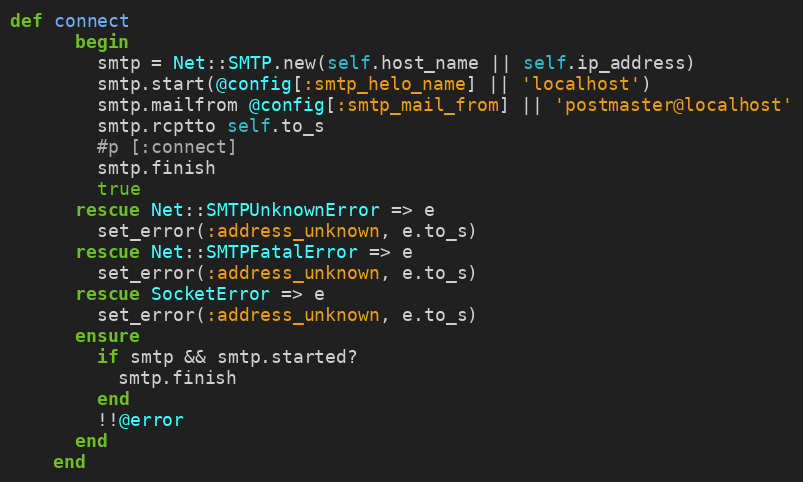
Language: Ruby
def connect
      begin
        smtp = Net::SMTP.new(self.host_name || self.ip_address)
        smtp.start(@config[:smtp_helo_name] || 'localhost')
        smtp.mailfrom @config[:smtp_mail_from] || 'postmaster@localhost'
        smtp.rcptto self.to_s
        #p [:connect]
        smtp.finish
        true
      rescue Net::SMTPUnknownError => e
        set_error(:address_unknown, e.to_s)
      rescue Net::SMTPFatalError => e
        set_error(:address_unknown, e.to_s)
      rescue SocketError => e
        set_error(:address_unknown, e.to_s)
      ensure
        if smtp && smtp.started?
          smtp.finish
        end
        !!@error
      end
    end